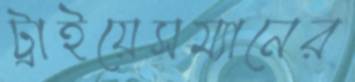
ট্রাইয়েসম্যানের